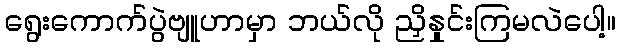
ရွေးကောက်ပွဲဗျူဟာမှာ ဘယ်လို ညှိနှုင်းကြမလဲပေါ့။